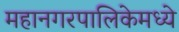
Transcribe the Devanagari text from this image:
महानगरपालिकेमध्ये